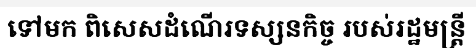
ទៅមក ពិសេសដំណើរទស្សនកិច្ច របស់រដ្ឋមន្ត្រី